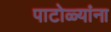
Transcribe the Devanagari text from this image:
पाटोळ्यांना